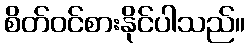
စိတ်ဝင်စားနိုင်ပါသည်။